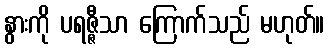
နွားကို ပရဇ္ဇီသာ ကြောက်သည် မဟုတ်။